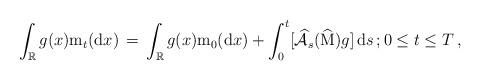
LaTeX: \begin{align*} \int_{\mathbb R} g(x) {\mathrm m}_{t}( {\mathrm d} x) \, =\, \int_{\mathbb R} g(x) {\mathrm m}_{0}( {\mathrm d} x) + \int^{t}_{0}[ \widehat{\mathcal A}_{s}( \widehat{\mathrm M}) g] \, {\mathrm d}s \, ; 0 \le t \le T \, , \end{align*}